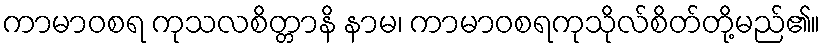
ကာမာဝစရ ကုသလစိတ္တာနိ နာမ၊ ကာမာဝစရကုသိုလ်စိတ်တို့မည်၏။